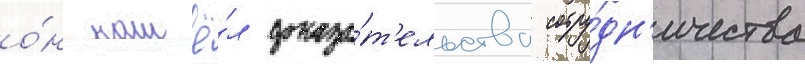
о́н нашё́л доказа́т'ельства сотру́дн'ичества